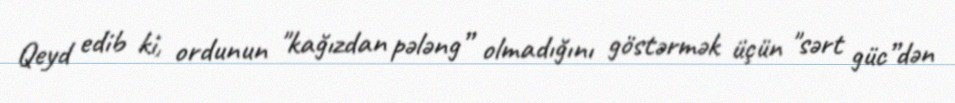
Qeyd edib ki, ordunun "kağızdan pələng” olmadığını göstərmək üçün "sərt güc”dən